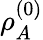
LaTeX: \rho_{A}^{(0)}